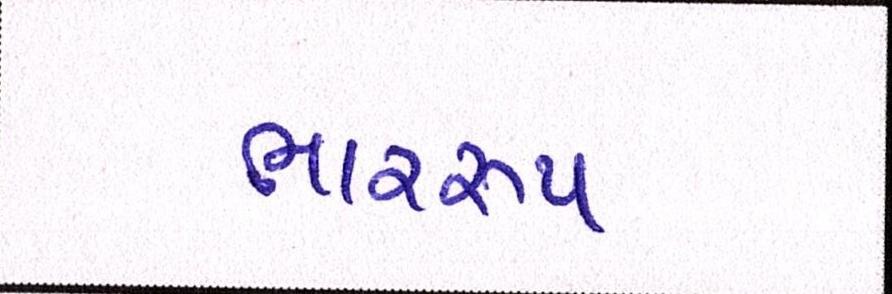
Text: ભારરૂપ